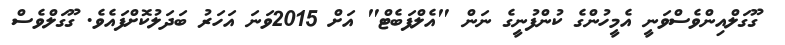
ގޫގަލްއިންވެސްވަނީ އެމީހުންގެ ކުންފުނީގެ ނަން "އެލްފަބެޓް" އަށް 2015ވަނަ އަހަރު ބަދަލުކޮށްފައެވެ. ގޫގަލްވެސް